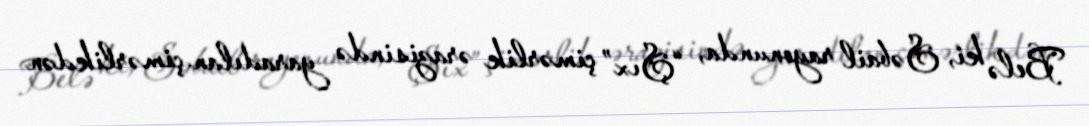
Belə ki, Səbail rayonunda, “Şıx” çimərlik ərazisində yaradılan çimərlikdən